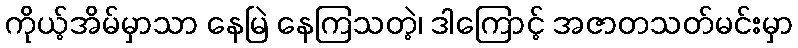
ကိုယ့်အိမ်မှာသာ နေမြဲ နေကြသတဲ့၊ ဒါကြောင့် အဇာတသတ်မင်းမှာ